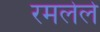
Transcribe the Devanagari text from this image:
रमलेले